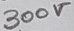
Text: 300V